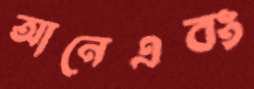
আনেএবং